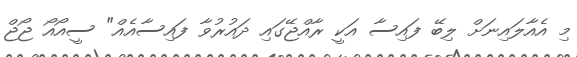
މި އެއާލައިނަށް ލިބޭ ފައިސާ އަކީ ރާއްޖޭގައި ދައުރުވާ ފައިސާއެއް" ސީއޯއޯ ޖޯޖް